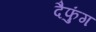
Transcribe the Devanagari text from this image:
दैफुंग